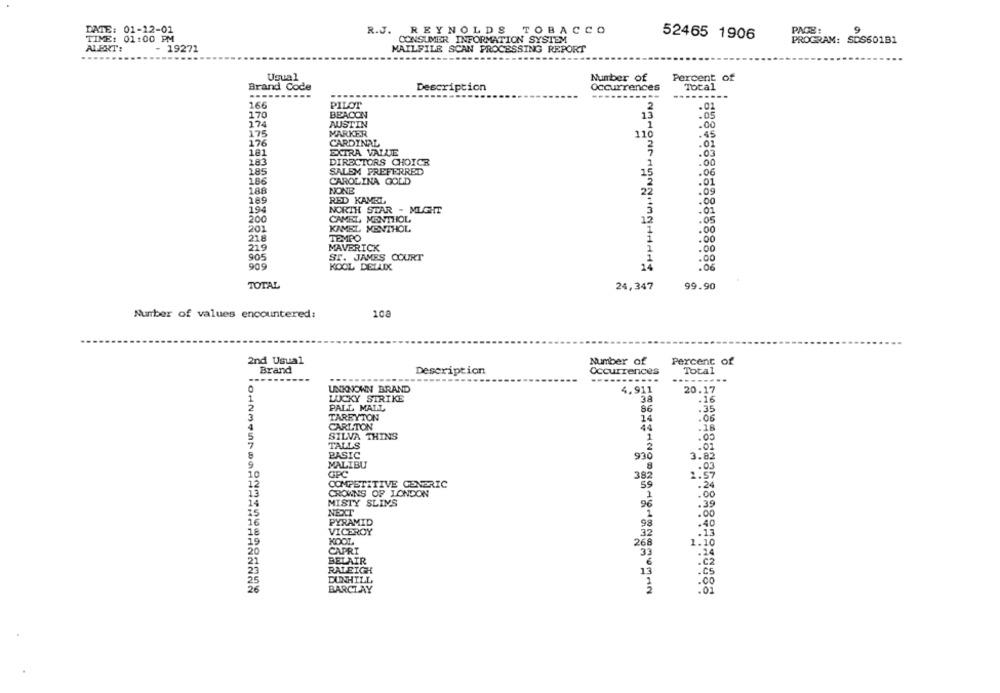
DATE: 01-12-01
R.J. REYNOLDS TOBACCO
PAGE:
9
TIME: 01:00 PM
CONSUMER INFORMATION SYSTEM
52465 1906
PROGRAM: SDS601B1
ALERT:
- 19271
MAILFILE SCAN PROCESSING REPORT
Usual
Percent of
Number of
Brand Code
Description
Occurrences
Total
-------
----
PILOT
166
170
BEACON
13
.05
174
AUSTIN
1
.00
175
MARKER
110
.45
176
CARDINAL
.01
181
EXTRA VALUE
.05
283
DIRECTORS CHOICE
.00
285
SALEM PREFERRED
.06
186
CAROLINA GOLD
1
.01
188
NONE
2
.09
289
RED KAMEL
.00
194
NORTH STAR - MIGHT
.01
200
CAMEL, MENITIOL
15
.05
201
KAMEL MENTHOL
.00
21.8
TEMPO
1
.00
219
MAVERICK
.00
905
ST. JAMES COURT
.00
909
KOOL DELLIX
14
.06
TOTAL
24,347
99.90
Number of values encountered:
108
2nd Usual
Number of
Percent of
Brand
Description
Occurrences
Total
----
UNKNOWN BRAND
4.911
20.17
LUCKY STRIKE
38
.16
PALL MALL
86
.35
TAREYTON
14
.06
CARLTON
44
.18
SILVA THINS
.05
TALLS
.01
BASIC
930
3.82
MALIBU
8
.03
10
GPC
382
1.57
COMPETITIVE GENERIC
CROWNS OF LONDON
.24
1
.00
MISTY SLINS
96
.39
NEXT
1
.00
PYRAMID
98
VICEROY
32
KOOL
268
1.10
CAPRI
33
.24
BELAIR
6
RALEIGH
13
.Cs
DUNHILL
BARCLAY
.00